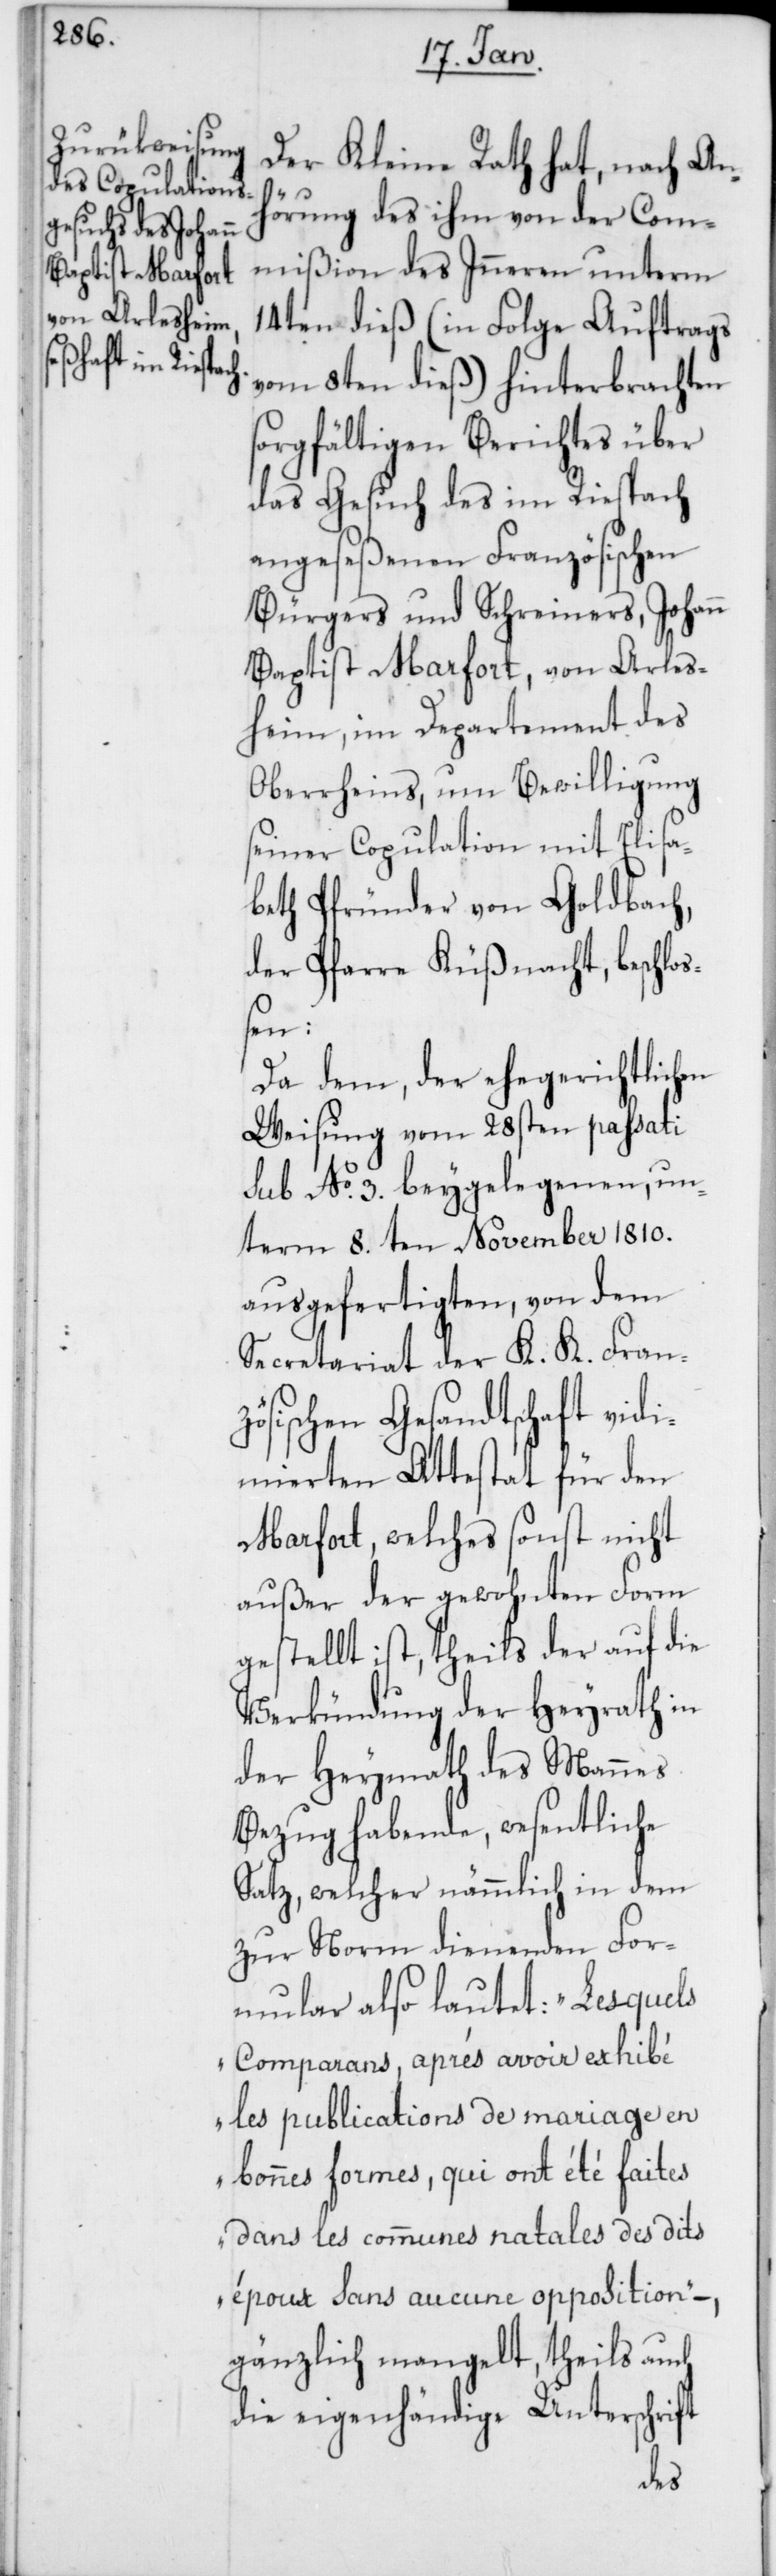
Der Kleine Rath hat, nach An¬
hörung des ihm von der Com¬
mißion des Inneren unterm
14ten dieß (in Folge Auftrags
vom 8ten dieß) hinterbrachten
sorgfältigen Berichtes über
das Gesuch des im Riesbach
angeseßenen Französischen
Bürgers und Schreiners, Johann
Baptist Marfort, von Arles¬
heim, im Departement des
Oberrheins, um Bewilligung
seiner Copulation mit Elisa¬
beth Pfründer von Goldbach,
der Pfarre Küßnacht, beschlo¬
ßen:
Da dem, der ehegerichtlichen
Weisung vom 28sten passati
sub No. 3. beygelegenen, un¬
term 8.ten November 1810.
ausgefertigten, von dem
Secretariat der K. K. Fran¬
zösischen Gesandtschaft vidi¬
mierten Attestat für den
Marfort, welches sonst nicht
außer der gewohnten Form
gestellt ist, theils der auf die
Verkündung der Heyrath in
der Heymath des Mannes
Bezug habende, wesentliche
Satz, welcher nämmlich in dem
zur Norm dienenden For¬
mular also lautet: „Lesquels
Comparans, après avoir exhibé
les publications de marriage en
bonnes formes, qui ont été faites
dans les communes natales des dits
époux sans aucune opposition“
gänzlich mangelt, theils auch
die eigenhändige Unterschrift